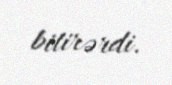
bitirərdi.